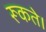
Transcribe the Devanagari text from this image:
रूकते।